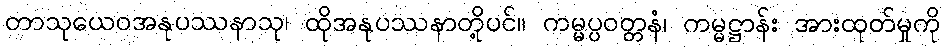
တာသုယေဝအနုပဿနာသု၊ ထိုအနုပဿနာတို့ပင်။ ကမ္မပ္ပဝတ္တနံ၊ ကမ္မဋ္ဌာန်း အားထုတ်မှုကို